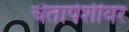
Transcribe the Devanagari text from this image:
चेतापेशीवर